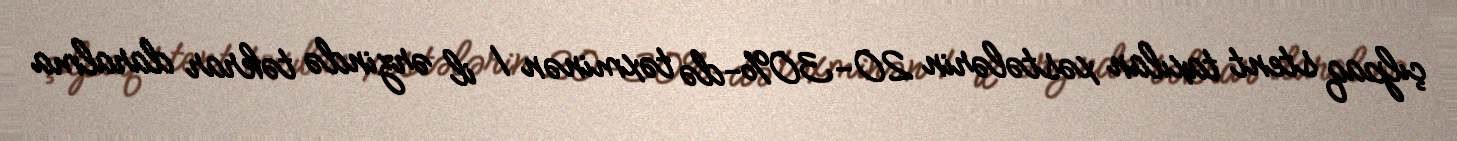
çılpaq stent taxılan xəstələrin 20-30%-də təxminən 1 il ərzində təkrar daralma